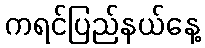
ကရင်ပြည်နယ်နေ့